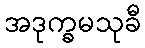
အဒုက္ခမသုခီ